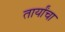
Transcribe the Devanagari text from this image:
तार्यांचा